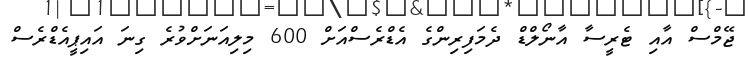
ޖޭމްސް އާއި ޓެރީސާ އާނޯލްޑް ދެމަފިރިންގެ އެޑްރެސްއަށް 600 މިލިއަނަށްވުރެ ގިނަ އައިޕީއެޑްރެސް